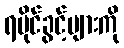
ရပိုင်ခွင့်များကို